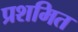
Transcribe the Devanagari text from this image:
प्रशमित